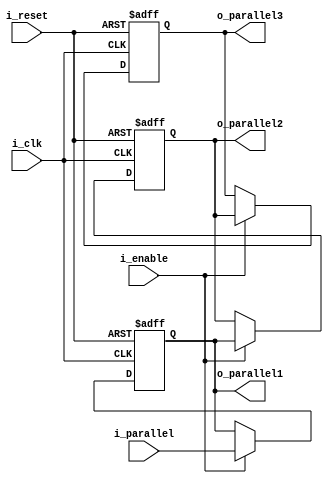
module SIPO (
    input             i_clk,
    input             i_reset,
    input             i_enable,
    input  [31:0]     i_parallel,
    output reg [31:0] o_parallel1,
    output reg [31:0] o_parallel2,
    output reg [31:0] o_parallel3
);
    reg [31:0] shift_reg1;
    reg [31:0] shift_reg2;
    reg [31:0] shift_reg3;

    always @(posedge i_clk or posedge i_reset) begin
        if (i_reset) begin
            shift_reg1 <= 32'b0;
            shift_reg2 <= 32'b0;
            shift_reg3 <= 32'b0;
        end else if (i_enable) begin
            shift_reg1 <= i_parallel;
            shift_reg2 <= shift_reg1;
            shift_reg3 <= shift_reg2;
        end
    end

    assign o_parallel1 = shift_reg1;
    assign o_parallel2 = shift_reg2;
    assign o_parallel3 = shift_reg3;
endmodule